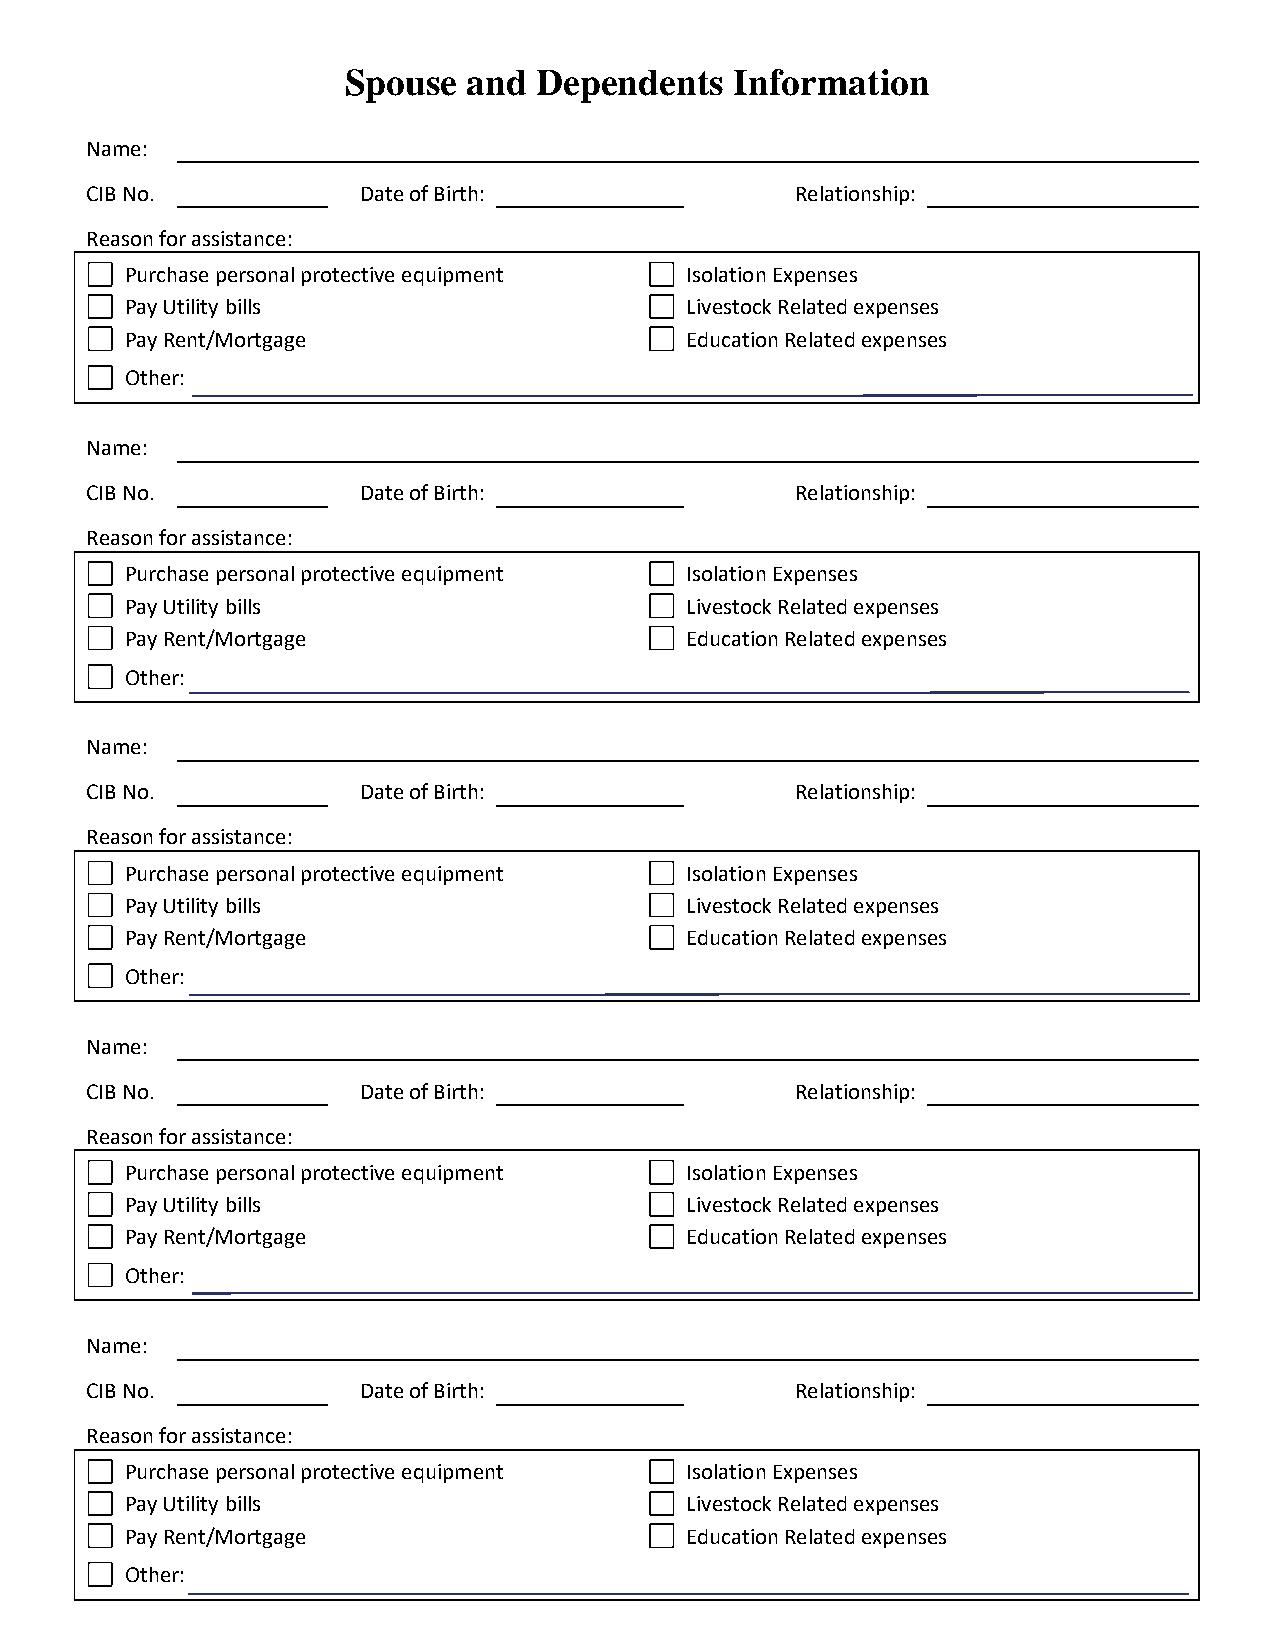
Spouse  and  Dependents   Information
 Name:
 CIB No.           Date of Birth:               Relationship:
 Reason for assistance:
 Purchase personal protective equipment Isolation Expenses
 Pay Utility bills                    Livestock Related expenses
 Pay Rent/Mortgage                    Education Related expenses
 Other:
 Name:
 CIB No.           Date of Birth:               Relationship:
 Reason for assistance:
 Purchase personal protective equipment Isolation Expenses
 Pay Utility bills                    Livestock Related expenses
 Pay Rent/Mortgage                    Education Related expenses
 Other:
 Name:
 CIB No.           Date of Birth:               Relationship:
 Reason for assistance:
 Purchase personal protective equipment Isolation Expenses
 Pay Utility bills                    Livestock Related expenses
 Pay Rent/Mortgage                    Education Related expenses
 Other:
 Name:
 CIB No.           Date of Birth:               Relationship:
 Reason for assistance:
 Purchase personal protective equipment Isolation Expenses
 Pay Utility bills                    Livestock Related expenses
 Pay Rent/Mortgage                    Education Related expenses
 Other:
 Name:
 CIB No.           Date of Birth:               Relationship:
 Reason for assistance:
 Purchase personal protective equipment Isolation Expenses
 Pay Utility bills                    Livestock Related expenses
 Pay Rent/Mortgage                    Education Related expenses
 Other: